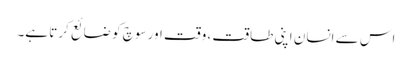
اس سے انسان اپنی طاقت ، وقت اور سوچ کو ضائع کرتا ہے۔